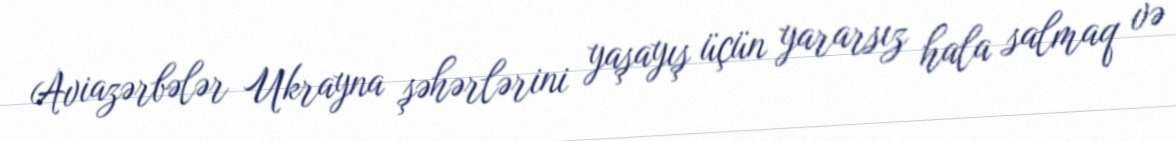
Aviazərbələr Ukrayna şəhərlərini yaşayış üçün yararsız hala salmaq və